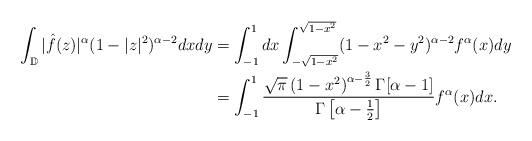
LaTeX: \begin{align*}\int_{\mathbb{D}}|\hat f(z)|^{\alpha} (1-|z|^2)^{\alpha-2}{dxdy}& = \int_{-1}^{1}dx\int_{-\sqrt{1-x^2}}^{\sqrt{1-x^2}}(1-x^2-y^2)^{\alpha-2}f^{\alpha}(x)dy\\&=\int_{-1}^1\frac{\sqrt{\pi } \left(1-x^2\right)^{\alpha-\frac{3}{2}} \Gamma[\alpha-1]}{\Gamma\left[\alpha-\frac{1}{2}\right]}f^{\alpha }(x)dx. \end{align*}